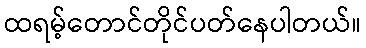
ထရမ့်တောင်တိုင်ပတ်နေပါတယ်။